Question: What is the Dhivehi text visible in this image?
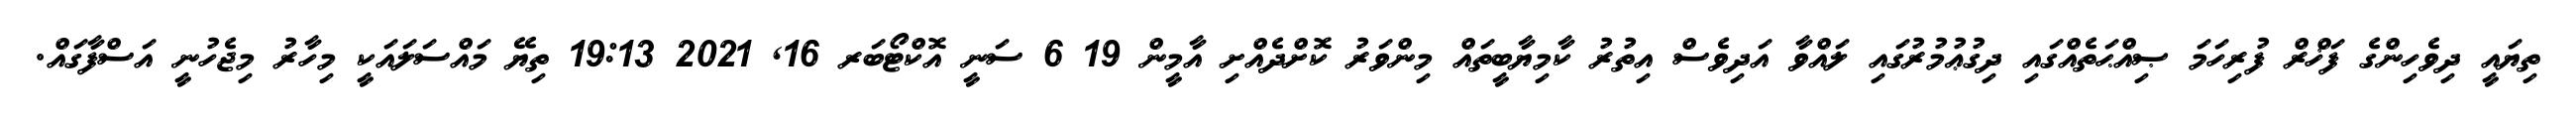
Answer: ތިޔައީ ދިވެހިންގެ ފަޚްރް ފުރިހަމަ ޞިއްޙަތެއްގައި ދިގުޢުމުރުގައި ލައްވާ އަދިވެސް އިތުރު ކާމިޔާބީތައް މިންވަރު ކޮށްދެއްށި އާމީން 19 6 ސަނީ އޮކްޓޯބަރ 16, 2021 19:13 ތިޔޭ މައްސަލައަކީ މިހާރު މިޖެހުނީ އަސްފާގައް.